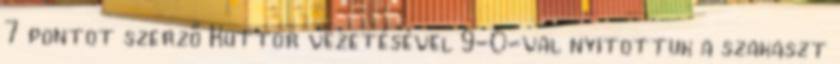
7 pontot szerző Kuttor vezetésével 9-0-val nyitottuk a szakaszt